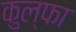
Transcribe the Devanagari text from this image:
कुल्‍फा